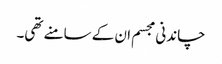
چاندنی مجسم ان کے سامنے تھی۔